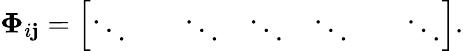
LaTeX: \boldsymbol{\Phi}_{i\mathbf{j}}=\left[\begin{array}{lllllll}{\ddots}&{}&{\ddots}&{\ddots}&{\ddots}&{}&{\ddots}\end{array}\right].